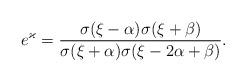
LaTeX: \begin{align*} e^\varkappa = \frac{\sigma(\xi-\alpha)\sigma(\xi+\beta)} {\sigma(\xi+\alpha)\sigma(\xi-2\alpha +\beta)}.\end{align*}